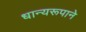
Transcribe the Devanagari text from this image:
धान्‍यरूपाने